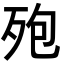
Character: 𪵀